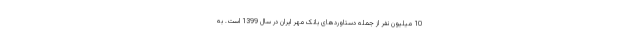
10 میلیون نفر از جمله دستاوردهای بانک مهر ایران در سال 1399 است. به